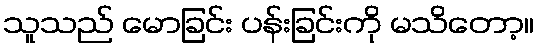
သူသည် မောခြင်း ပန်းခြင်းကို မသိတော့။